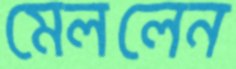
মেললেন